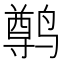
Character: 𫜄